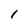
Character: 1